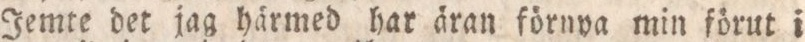
Jemte det jag härmed har äran förnya min förut i